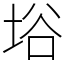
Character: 﨏